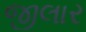
જીલાર